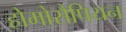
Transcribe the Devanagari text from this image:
होमोसैपियन